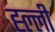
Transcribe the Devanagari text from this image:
ह्ल्ली